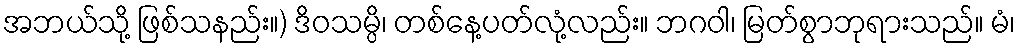
အဘယ်သို့ ဖြစ်သနည်း။) ဒိဝသမ္ပိ၊ တစ်နေ့ပတ်လုံ့လည်း။ ဘဂဝါ၊ မြတ်စွာဘုရားသည်။ မံ၊